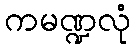
ကမဏ္ဍလုံ